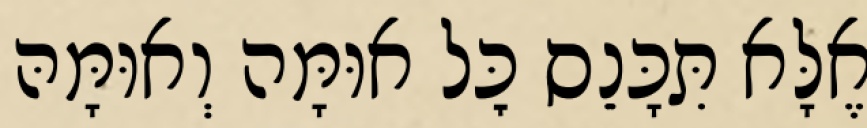
אֶלָּא תִּכָּנֵס כׇּל אוּמָּה וְאוּמָּהּ